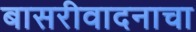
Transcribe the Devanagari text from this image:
बासरीवादनाचा